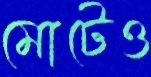
মোটেও